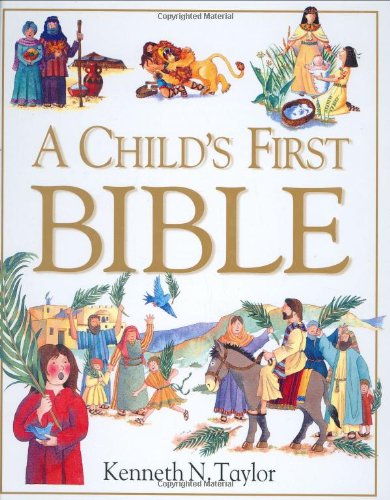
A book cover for A Child's First Bible; Kenneth N. Taylor; Christian Books & Bibles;